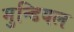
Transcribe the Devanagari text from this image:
मुन्डियल